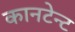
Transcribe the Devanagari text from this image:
कानटेन्‍ट